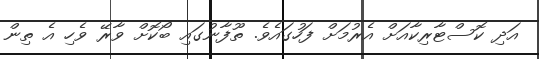
އަދި ކޮސްޓާރިކާއަށް އެރުމަށް ފަހުގައެވެ. ތޫފާނުގައި ބޯކޮށް ވާރޭ ވެހި އެ ތިން